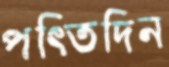
পত্তিদিন